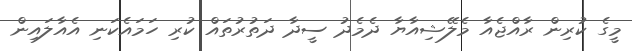
މީގެ ކުރިން ރާއްޖެއާ މެލޭޝިއާޔާ ދެމެދު ސީދާ ދަތުރުތައް ކުރި ހަމައެކަނި އެއާލައިން